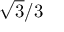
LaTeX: { \sqrt { 3 } } / 3